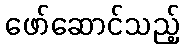
ဖော်ဆောင်သည့်